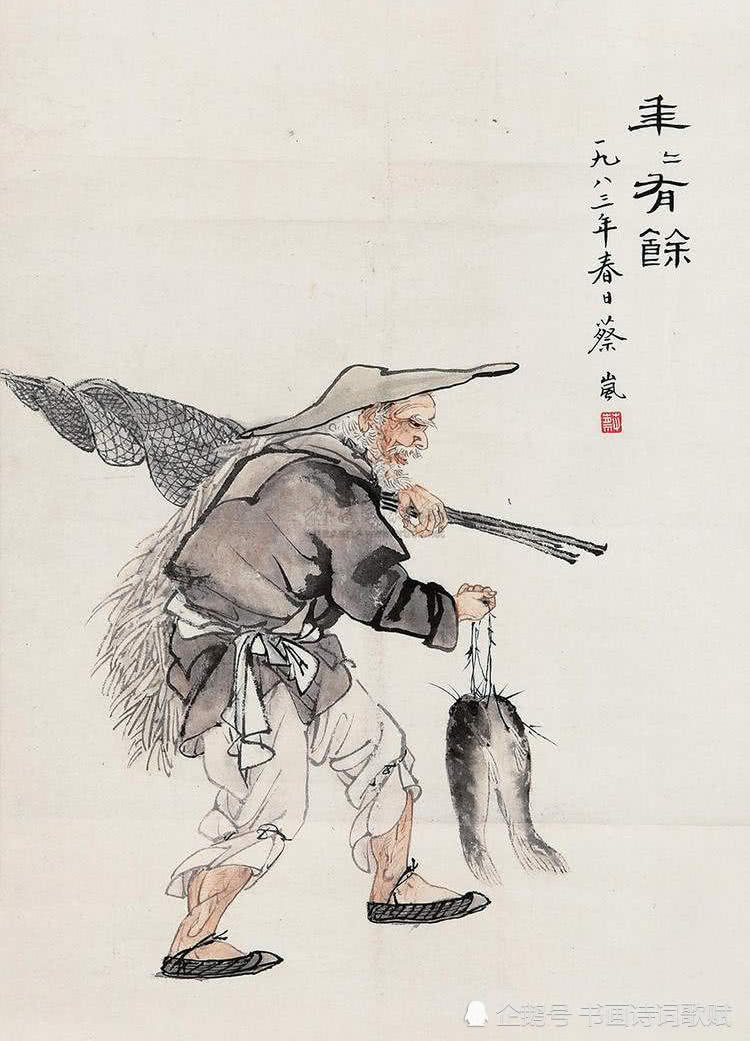
人生自古谁无死？留取丹心照汗青。